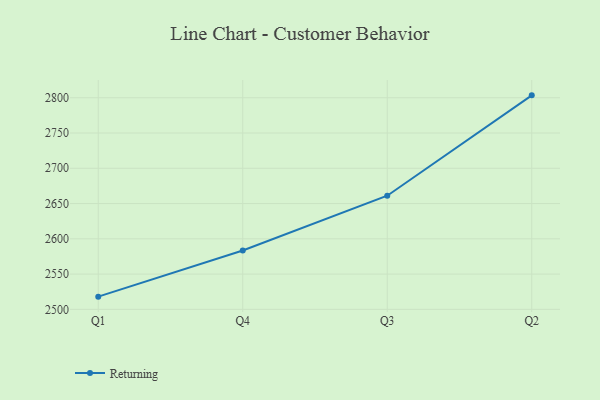
{"axis": {"x": "Quarter", "y": "Inventory Turnover"}, "legend": ["Returning"], "data": [{"x": "Q1", "y": 2518.0, "type": "Returning"}, {"x": "Q4", "y": 2583.5, "type": "Returning"}, {"x": "Q3", "y": 2661.1, "type": "Returning"}, {"x": "Q2", "y": 2803.4, "type": "Returning"}]}